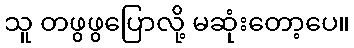
သူ တဖွဖွပြောလို့ မဆုံးတော့ပေ။